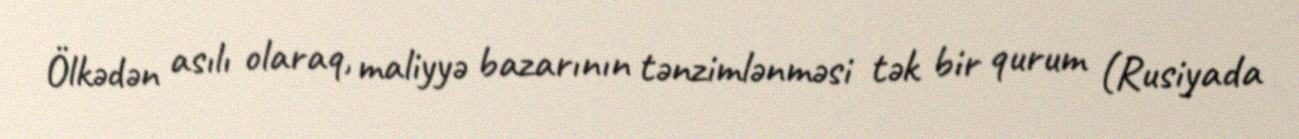
Ölkədən asılı olaraq, maliyyə bazarının tənzimlənməsi tək bir qurum (Rusiyada